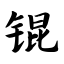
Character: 锟